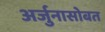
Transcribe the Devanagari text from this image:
अर्जुनासोबत